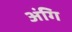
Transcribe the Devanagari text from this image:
अंगि